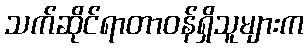
သက်ဆိုင်ရာတာဝန်ရှိသူများက